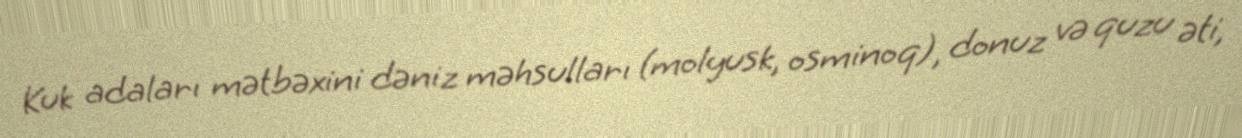
Kuk adaları mətbəxini dəniz məhsulları (molyusk, osminoq), donuz və quzu əti,